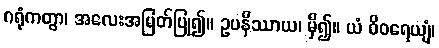
ဂရုံကတွာ၊ အလေးအမြတ်ပြု၍။ ဥပနိဿာယ၊ မှီ၍။ ယံ ဝိဝရေယျံ၊